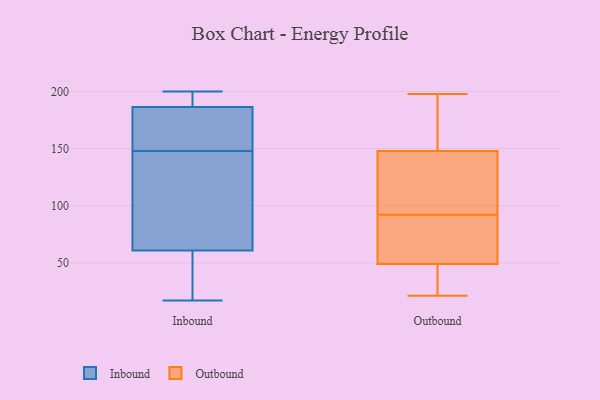
{"axis": {"x": "Latency (ms)", "y": "Value"}, "legend": ["Inbound", "Outbound"], "data": [{"x": "", "y": 90, "type": "Inbound"}, {"x": "", "y": 111, "type": "Inbound"}, {"x": "", "y": 199, "type": "Inbound"}, {"x": "", "y": 65, "type": "Inbound"}, {"x": "", "y": 186, "type": "Inbound"}, {"x": "", "y": 189, "type": "Inbound"}, {"x": "", "y": 148, "type": "Inbound"}, {"x": "", "y": 47, "type": "Inbound"}, {"x": "", "y": 17, "type": "Inbound"}, {"x": "", "y": 24, "type": "Inbound"}, {"x": "", "y": 174, "type": "Inbound"}, {"x": "", "y": 200, "type": "Inbound"}, {"x": "", "y": 48, "type": "Inbound"}, {"x": "", "y": 188, "type": "Inbound"}, {"x": "", "y": 136, "type": "Inbound"}, {"x": "", "y": 160, "type": "Inbound"}, {"x": "", "y": 152, "type": "Inbound"}, {"x": "", "y": 90, "type": "Outbound"}, {"x": "", "y": 42, "type": "Outbound"}, {"x": "", "y": 138, "type": "Outbound"}, {"x": "", "y": 198, "type": "Outbound"}, {"x": "", "y": 26, "type": "Outbound"}, {"x": "", "y": 92, "type": "Outbound"}, {"x": "", "y": 21, "type": "Outbound"}, {"x": "", "y": 145, "type": "Outbound"}, {"x": "", "y": 70, "type": "Outbound"}, {"x": "", "y": 193, "type": "Outbound"}, {"x": "", "y": 149, "type": "Outbound"}]}